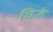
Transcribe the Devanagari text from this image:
चिन्हं